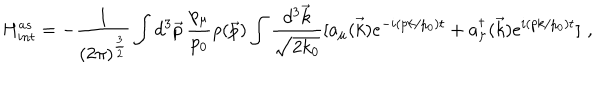
H _ { i n t } ^ { a s } = - { \displaystyle \frac { 1 } { ( 2 \pi ) ^ { \frac { 3 } { 2 } } } } \int d ^ { 3 } \vec { p } \, \frac { p _ { \mu } } { p _ { 0 } } \rho ( \vec { p } ) \int \frac { d ^ { 3 } \vec { k } } { \sqrt { 2 k _ { 0 } } } [ a _ { \mu } ( \vec { k } ) e ^ { - i ( p k / p _ { 0 } ) t } + a _ { \mu } ^ { \dagger } ( \vec { k } ) e ^ { i ( p k / p _ { 0 } ) t } ] \, \, ,